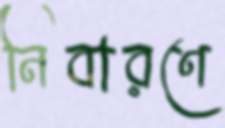
নিবারণে